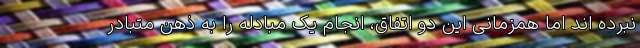
نبرده اند اما همزمانی این دو اتفاق، انجام یک مبادله را به ذهن متبادر